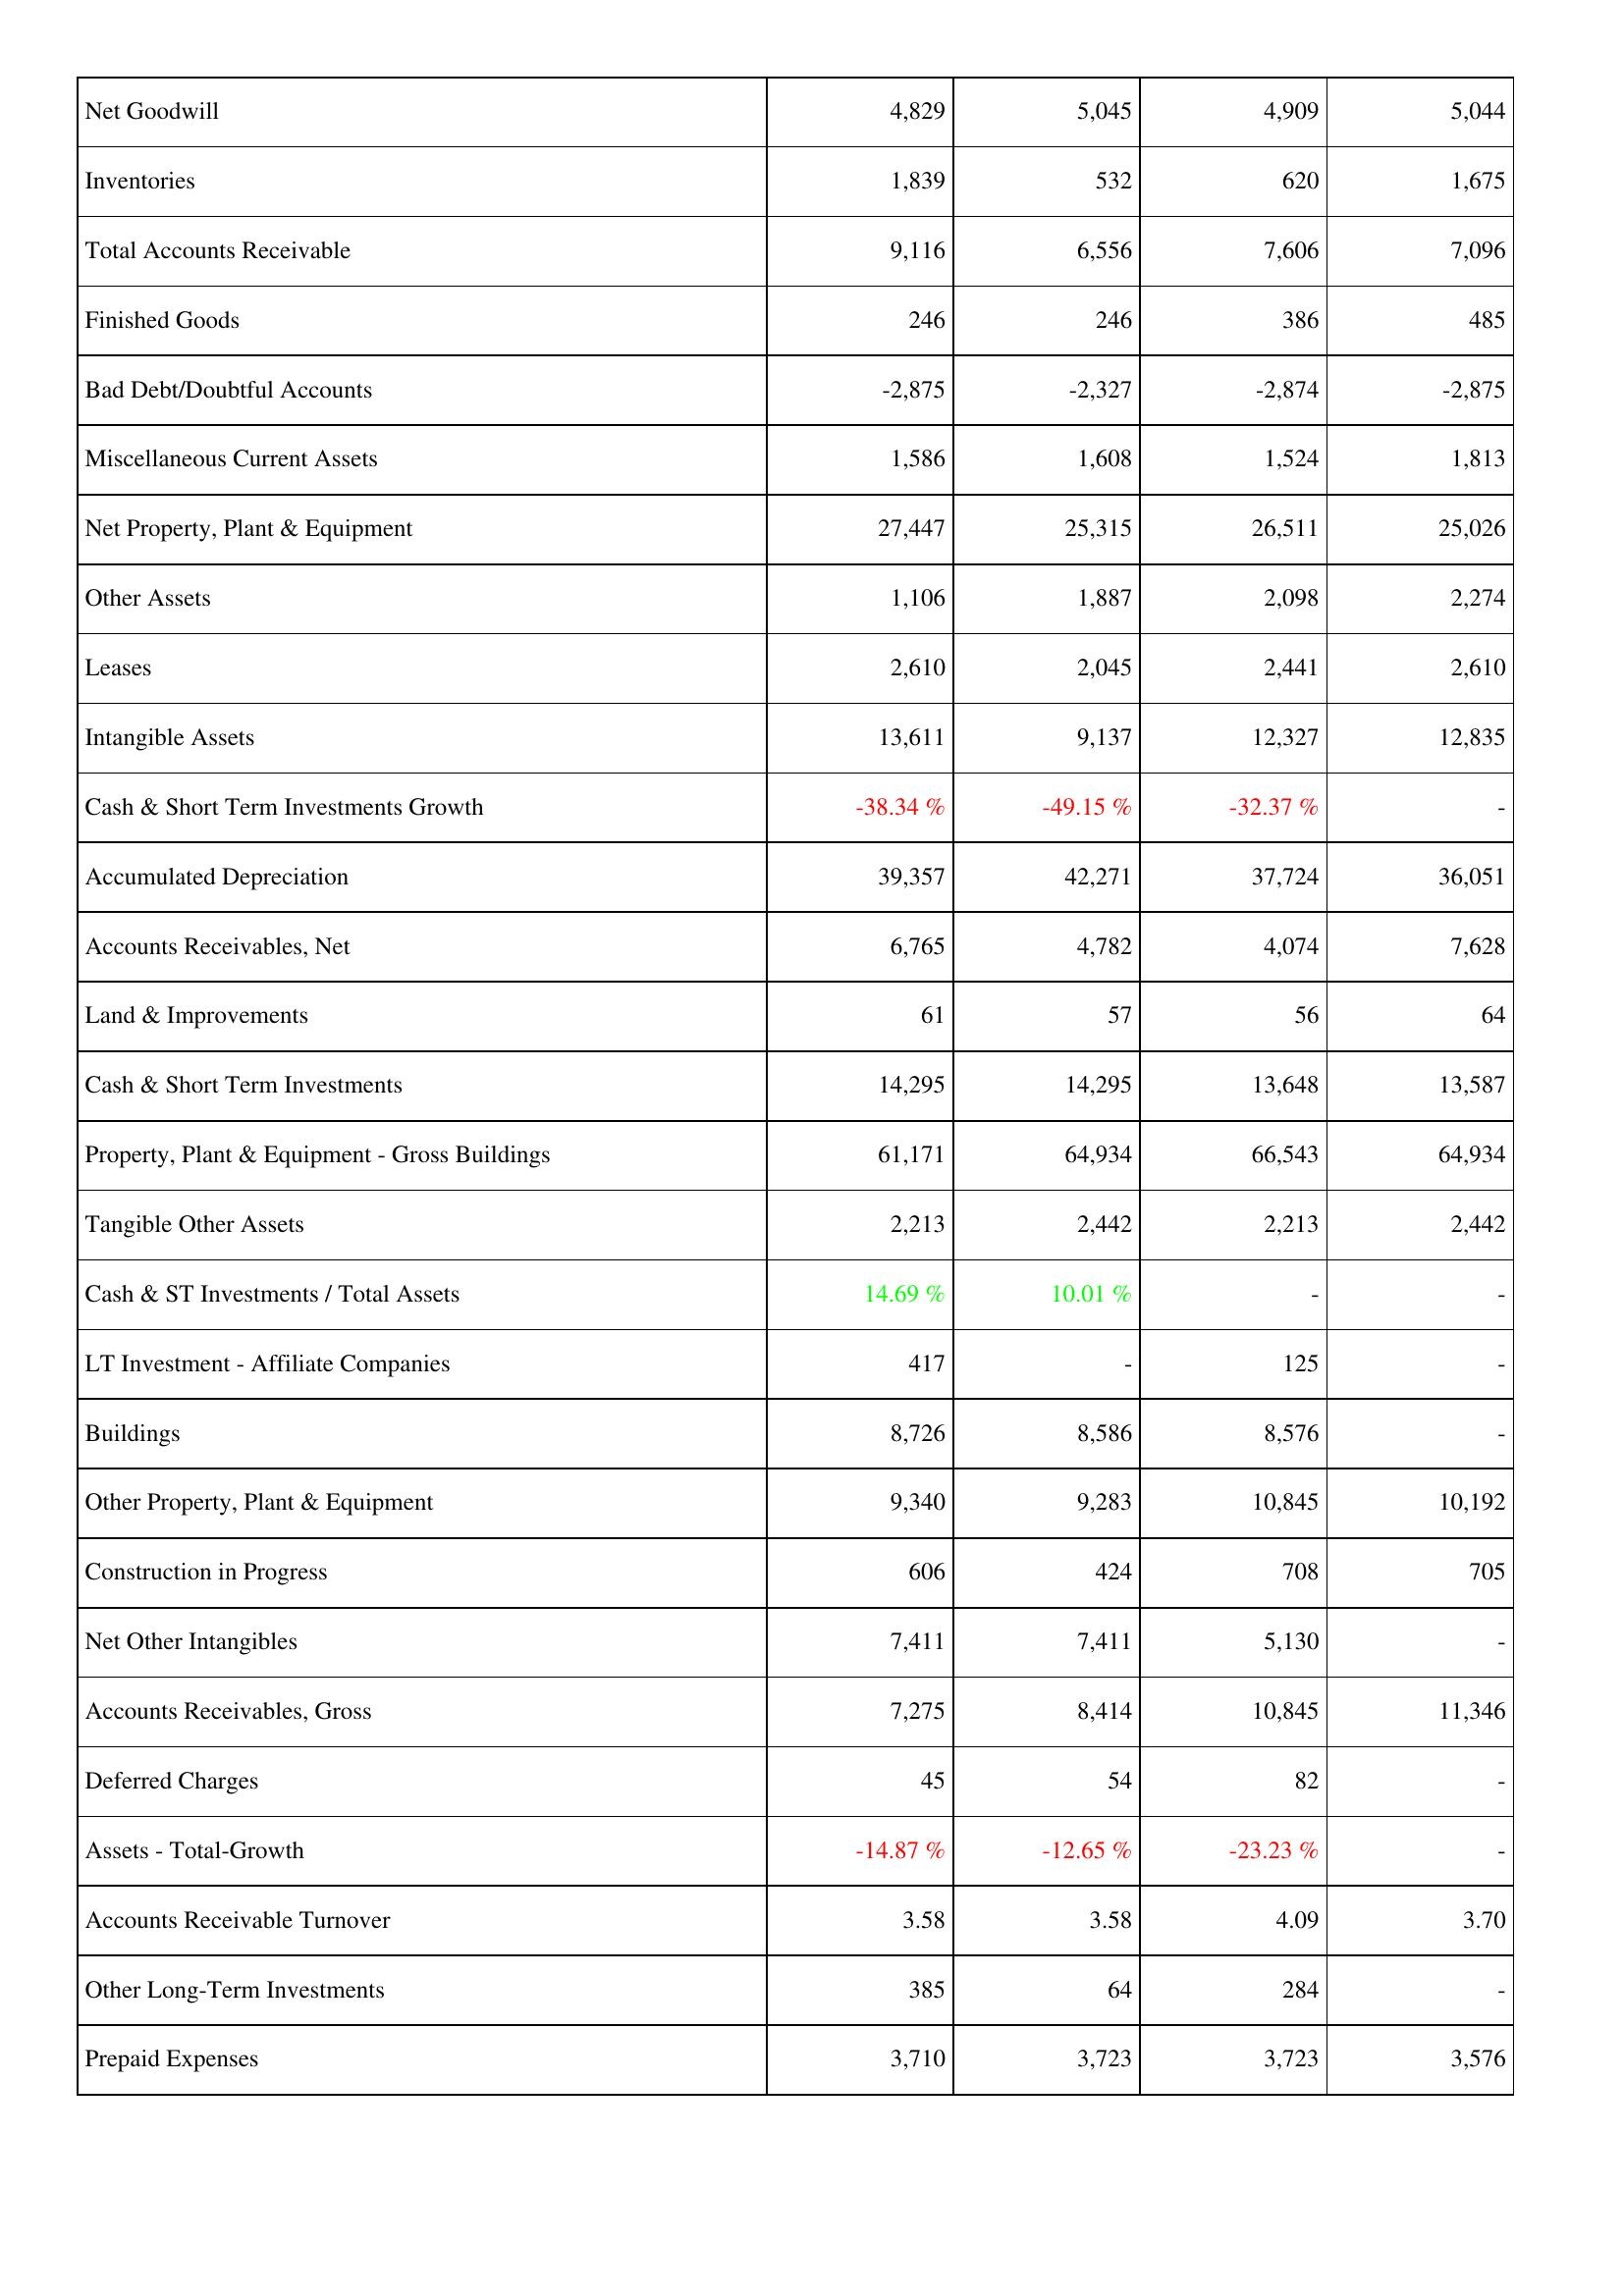
2019: Assets: Net Goodwill: 4,829
Inventories: 1,839
Total Accounts Receivable: 9,116
Finished Goods: 246
Bad Debt/Doubtful Accounts: -2,875
Miscellaneous Current Assets: 1,586
Net Property, Plant & Equipment: 27,447
Other Assets: 1,106
Leases: 2,610
Intangible Assets: 13,611
Cash & Short Term Investments Growth: -38.34 %
Accumulated Depreciation: 39,357
Accounts Receivables, Net: 6,765
Land & Improvements: 61
Cash & Short Term Investments: 14,295
Property, Plant & Equipment - Gross Buildings: 61,171
Tangible Other Assets: 2,213
Cash & ST Investments / Total Assets: 14.69 %
LT Investment - Affiliate Companies: 417
Buildings: 8,726
Other Property, Plant & Equipment: 9,340
Construction in Progress: 606
Net Other Intangibles: 7,411
Accounts Receivables, Gross: 7,275
Deferred Charges: 45
Assets - Total-Growth: -14.87 %
Accounts Receivable Turnover: 3.58
Other Long-Term Investments: 385
Prepaid Expenses: 3,710
2018: Assets: Net Goodwill: 5,045
Inventories: 532
Total Accounts Receivable: 6,556
Finished Goods: 246
Bad Debt/Doubtful Accounts: -2,327
Miscellaneous Current Assets: 1,608
Net Property, Plant & Equipment: 25,315
Other Assets: 1,887
Leases: 2,045
Intangible Assets: 9,137
Cash & Short Term Investments Growth: -49.15 %
Accumulated Depreciation: 42,271
Accounts Receivables, Net: 4,782
Land & Improvements: 57
Cash & Short Term Investments: 14,295
Property, Plant & Equipment - Gross Buildings: 64,934
Tangible Other Assets: 2,442
Cash & ST Investments / Total Assets: 10.01 %
LT Investment - Affiliate Companies: -
Buildings: 8,586
Other Property, Plant & Equipment: 9,283
Construction in Progress: 424
Net Other Intangibles: 7,411
Accounts Receivables, Gross: 8,414
Deferred Charges: 54
Assets - Total-Growth: -12.65 %
Accounts Receivable Turnover: 3.58
Other Long-Term Investments: 64
Prepaid Expenses: 3,723
2017: Assets: Net Goodwill: 4,909
Inventories: 620
Total Accounts Receivable: 7,606
Finished Goods: 386
Bad Debt/Doubtful Accounts: -2,874
Miscellaneous Current Assets: 1,524
Net Property, Plant & Equipment: 26,511
Other Assets: 2,098
Leases: 2,441
Intangible Assets: 12,327
Cash & Short Term Investments Growth: -32.37 %
Accumulated Depreciation: 37,724
Accounts Receivables, Net: 4,074
Land & Improvements: 56
Cash & Short Term Investments: 13,648
Property, Plant & Equipment - Gross Buildings: 66,543
Tangible Other Assets: 2,213
Cash & ST Investments / Total Assets: -
LT Investment - Affiliate Companies: 125
Buildings: 8,576
Other Property, Plant & Equipment: 10,845
Construction in Progress: 708
Net Other Intangibles: 5,130
Accounts Receivables, Gross: 10,845
Deferred Charges: 82
Assets - Total-Growth: -23.23 %
Accounts Receivable Turnover: 4.09
Other Long-Term Investments: 284
Prepaid Expenses: 3,723
2016: Assets: Net Goodwill: 5,044
Inventories: 1,675
Total Accounts Receivable: 7,096
Finished Goods: 485
Bad Debt/Doubtful Accounts: -2,875
Miscellaneous Current Assets: 1,813
Net Property, Plant & Equipment: 25,026
Other Assets: 2,274
Leases: 2,610
Intangible Assets: 12,835
Cash & Short Term Investments Growth: -
Accumulated Depreciation: 36,051
Accounts Receivables, Net: 7,628
Land & Improvements: 64
Cash & Short Term Investments: 13,587
Property, Plant & Equipment - Gross Buildings: 64,934
Tangible Other Assets: 2,442
Cash & ST Investments / Total Assets: -
LT Investment - Affiliate Companies: -
Buildings: -
Other Property, Plant & Equipment: 10,192
Construction in Progress: 705
Net Other Intangibles: -
Accounts Receivables, Gross: 11,346
Deferred Charges: -
Assets - Total-Growth: -
Accounts Receivable Turnover: 3.70
Other Long-Term Investments: -
Prepaid Expenses: 3,576